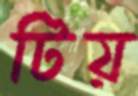
টিয়